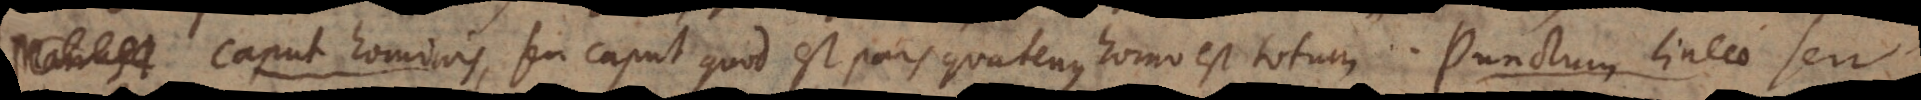
Caput hominis, seu caput quod est pars quatenus homo est totum. Punctum lineae